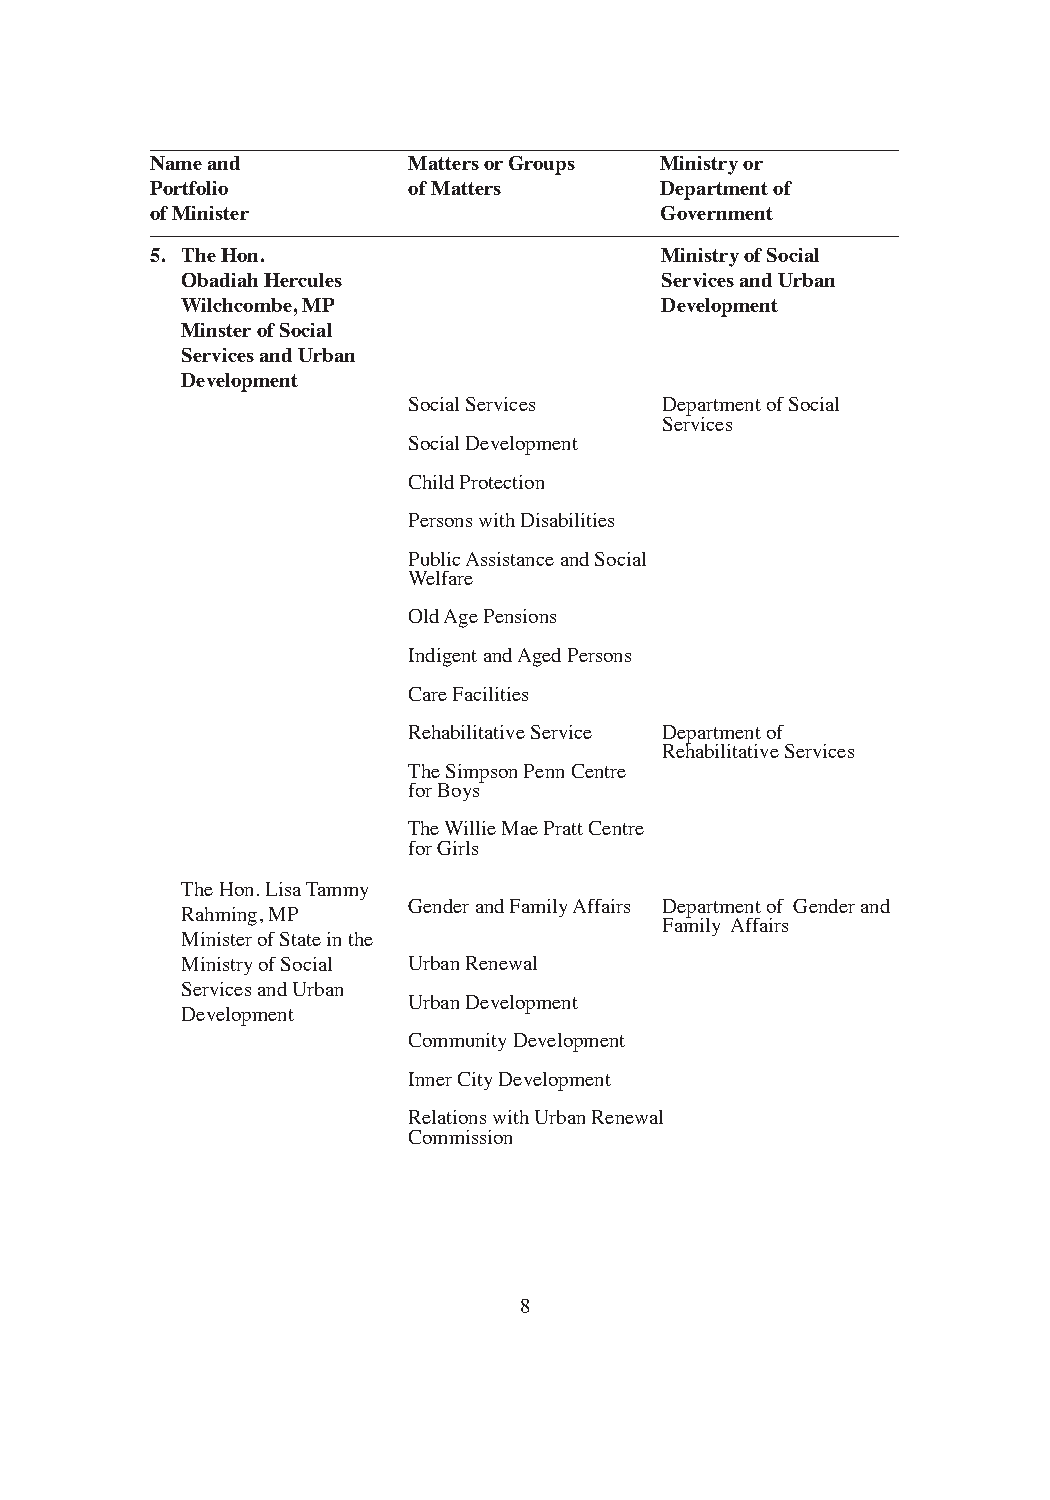
Name and         Matters or Groups Ministry or
 Portfolio        of Matters       Department of
 of Minister                       Government
 5. The Hon.                       Ministry of Social
 Obadiah Hercules                Services and Urban
 Wilchcombe, MP                  Development
 Minster of Social
 Services and Urban
 Development
 Social Services  Department of Social
 Services
 Social Development
 Child Protection
 Persons with Disabilities
 Public Assistance and Social
 Welfare
 Old Age Pensions
 Indigent and Aged Persons
 Care Facilities
 Rehabilitative Service Department of
 Rehabilitative Services
 The Simpson Penn Centre
 for Boys
 The Willie Mae Pratt Centre
 for Girls
 The Hon. Lisa Tammy
 Gender and Family Affairs Department of Gender and
 Rahming, MP
 Family Affairs
 Minister of State in the
 Ministry of Social Urban Renewal
 Services and Urban
 Urban Development
 Development
 Community Development
 Inner City Development
 Relations with Urban Renewal
 Commission
 8